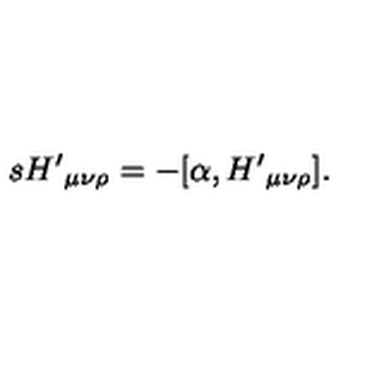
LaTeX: s { H ^ { \prime } } _ { \mu \nu \rho } = - [ \alpha , { H ^ { \prime } } _ { \mu \nu \rho } ] .